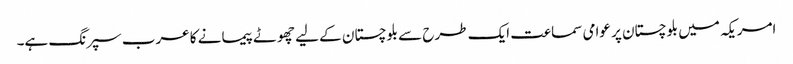
امریکہ میں بلوچستان پر عوامی سماعت ایک طرح سے بلوچستان کے لیے چھوٹے پیمانے کا عرب سپرنگ ہے۔